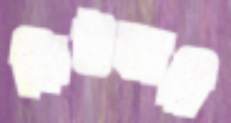
ফিটকারি